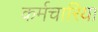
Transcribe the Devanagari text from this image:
कर्मचारिया